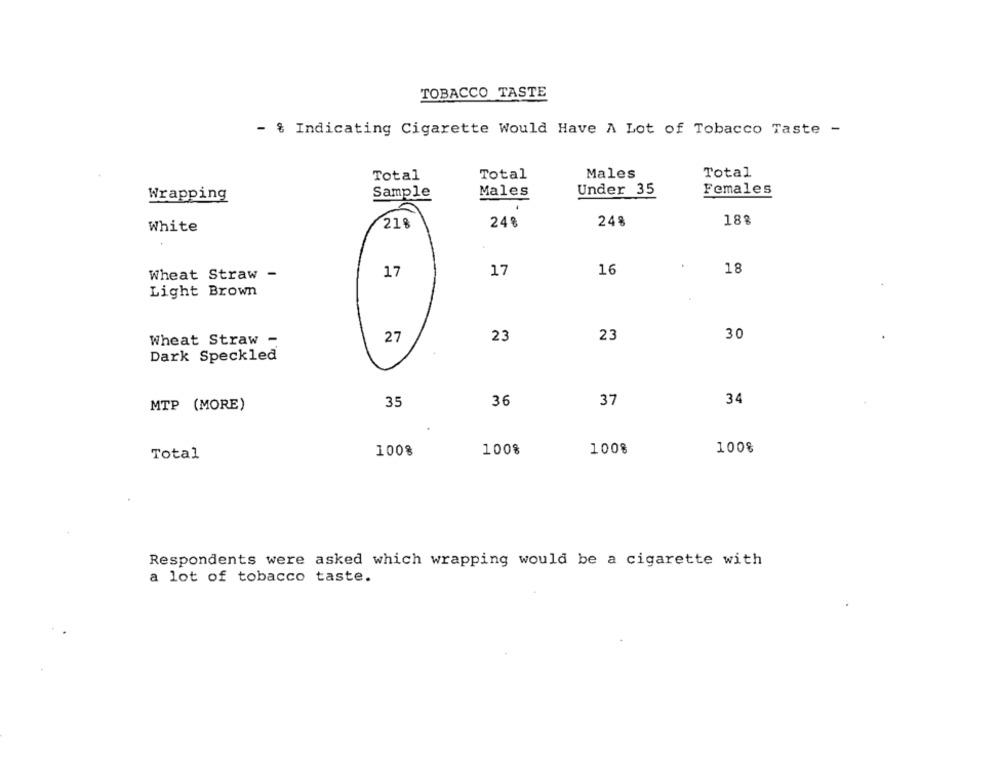
TOBACCO TASTE
- { Indicating Cigarette Would Have A Lot of Tobacco Taste -
Total
Total
Males
Total
Under 35
Females
Wrapping
Sample
Males
248
188
White
218
24%
Wheat Straw -
17
17
16
18
Light Brown
23
30
Wheat Straw -
27
23
Dark Speckled
35
36
37
34
MTP (MORE)
100%
Total
100%
100%
1008
Respondents were asked which wrapping would be a cigarette with
a lot of tobacco taste.